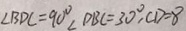
\angle B D C = 9 0 ^ { \circ } \angle D B C = 3 0 ^ { \circ } , C D = 8